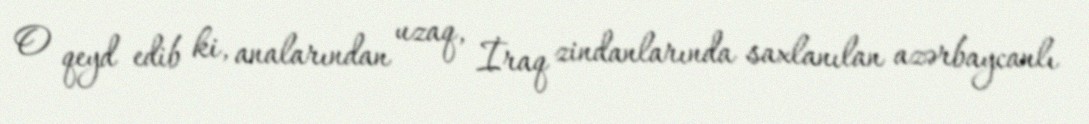
O qeyd edib ki, analarından uzaq, İraq zindanlarında saxlanılan azərbaycanlı